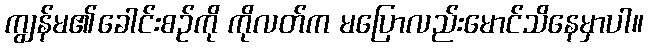
ကျွန်မ၏ခေါင်းစဉ်ကို ကိုလတ်က မပြောလည်းမောင်သိနေမှာပါ။